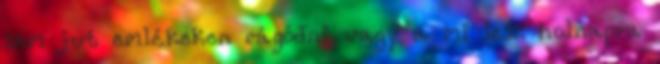
sem jut emlékeken rágódni vagy a mi lesz holnapra